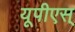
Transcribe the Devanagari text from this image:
यूपीएस्